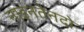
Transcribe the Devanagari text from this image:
नाइनतेनदो